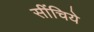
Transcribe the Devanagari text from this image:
सींचिये